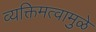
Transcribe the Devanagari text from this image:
व्यक्तिमत्वामुळे